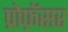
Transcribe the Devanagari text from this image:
प्रोफ़ॅसर